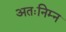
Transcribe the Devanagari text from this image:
अतःनिम्न